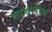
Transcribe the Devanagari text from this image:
लावारीस